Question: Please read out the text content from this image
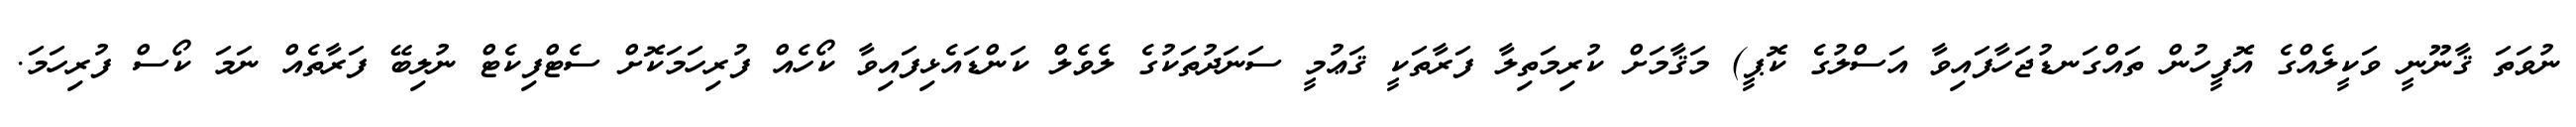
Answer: ނުވަތަ ޤާނޫނީ ވަކީލެއްގެ އޮފީހުން ތައްގަނޑުޖަހާފައިވާ އަސްލުގެ ކޮޕީ) މަޤާމަށް ކުރިމަތިލާ ފަރާތަކީ ޤަޢުމީ ސަނަދުތަކުގެ ލެވެލް ކަންޑައެޅިފައިވާ ކޯހެއް ފުރިހަމަކޮށް ސެޓްފިކެޓް ނުލިބޭ ފަރާތެއް ނަމަ ކޯސް ފުރިހަމަ.